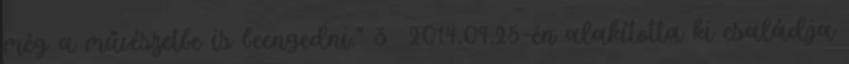
még a művészetbe is beengedni.” 3 2014.09.25-én alakította ki családja